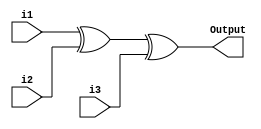
`timescale 1ns / 1ps
//////////////////////////////////////////////////////////////////////////////////
// Company: 
// Engineer: 
// 
// Design Name: 
// Module Name:    ThreeInputExorGate 
// Project Name: 
// Target Devices: 
// Tool versions: 
// Description: 
//
// Dependencies: 
//
// Revision: 
// Revision 0.01 - File Created
// Additional Comments: 
//
//////////////////////////////////////////////////////////////////////////////////
module ThreeInputExorGate(
    input i1,
    input i2,
    input i3,
    output Output
    );

xor (Output,i1,i2,i3);

endmodule